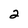
Character: 2